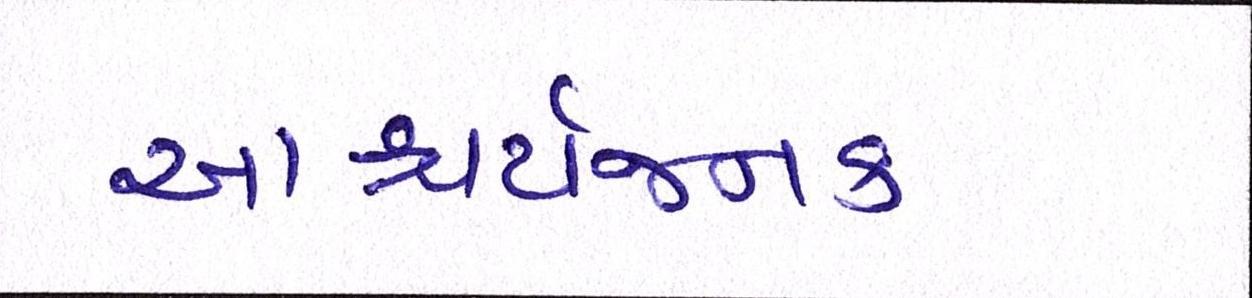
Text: આશ્ચર્યજનક